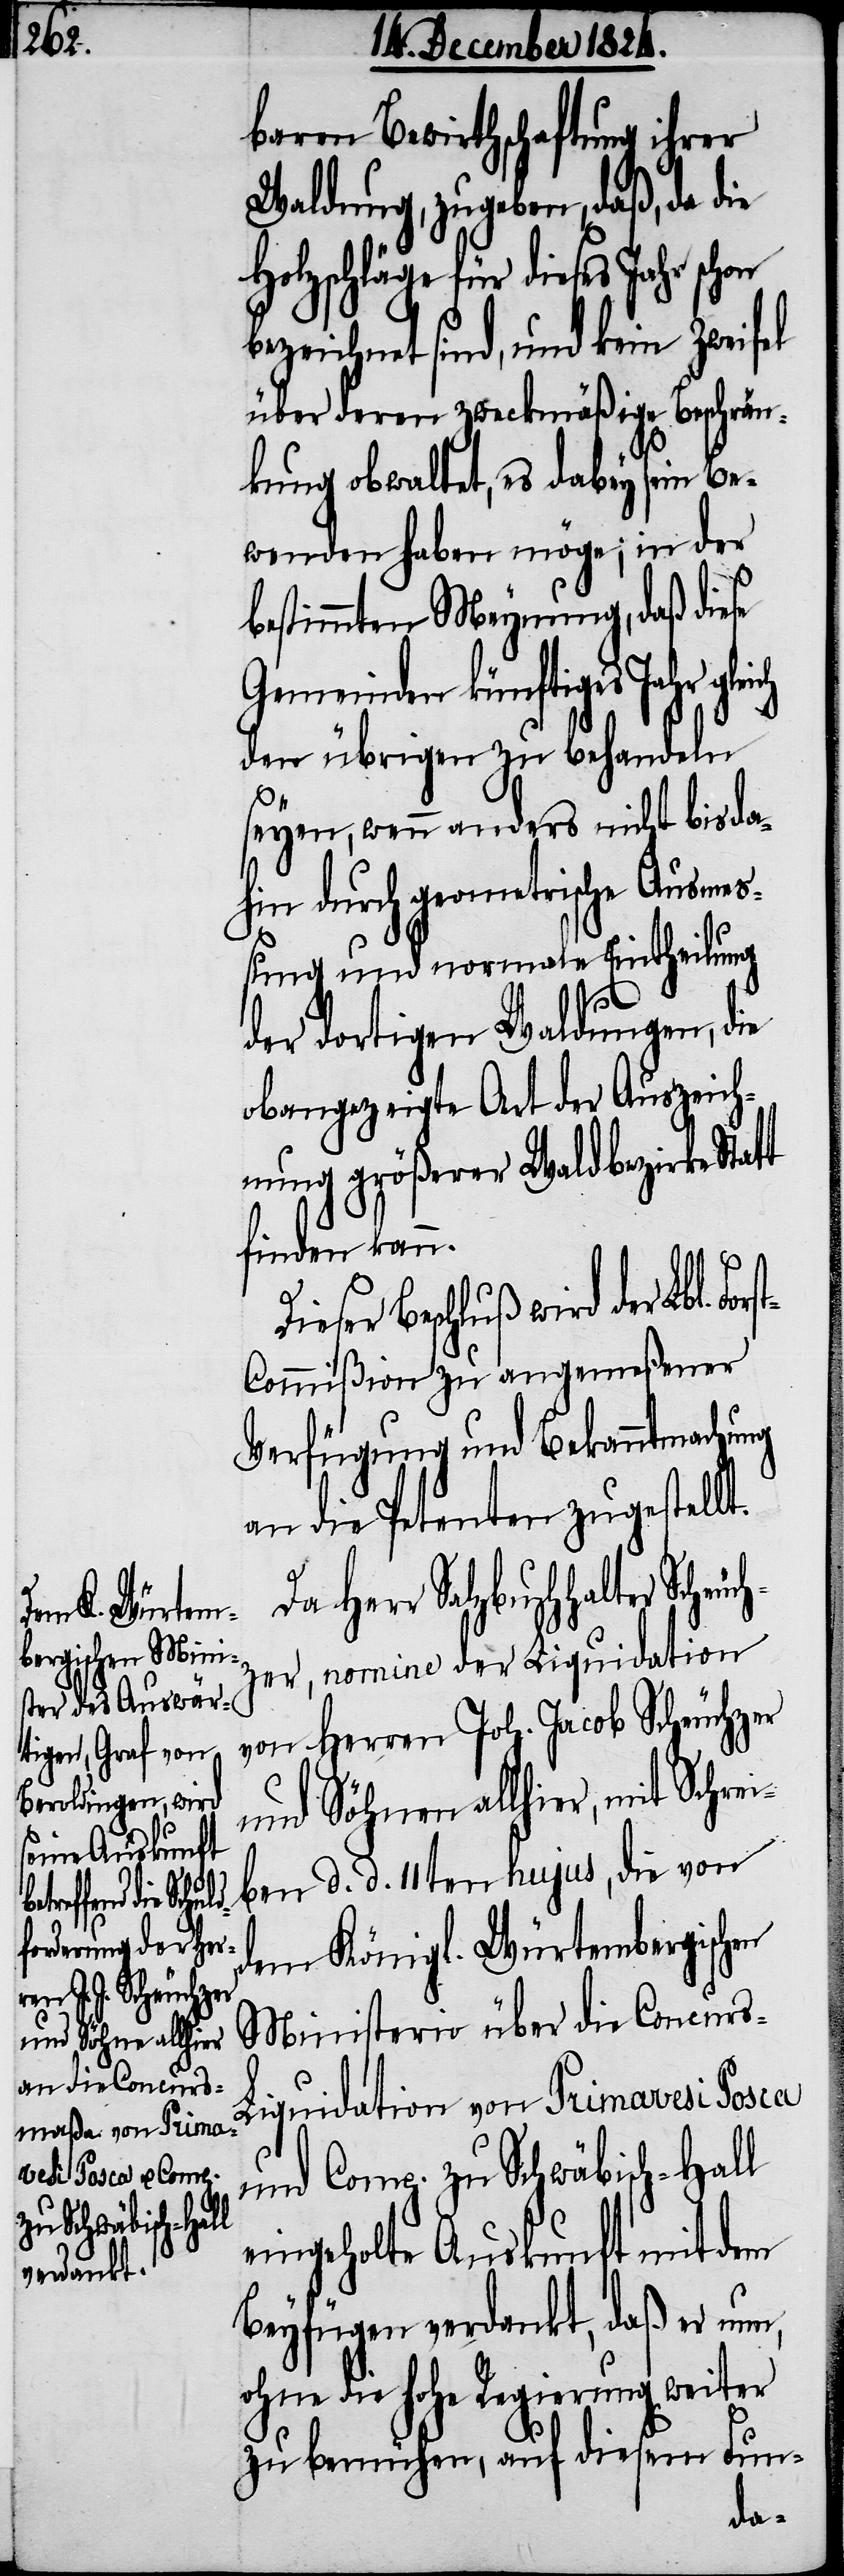
rs¬

ter Scheuchz¬

baren Bewirthschaftung ihrer
Waldung, zugeben, daß, da die
Holzschläge für dieses Jahr schon
bezeichnet sind, und kein Zweifel
über deren zweckmäßige Beschrän¬
kung obwaltet, es dabey sein Be¬
wenden haben möge; in der
bestimmten Meynung, daß diese
Gemeinden künftiges Jahr gleich
den übrigen zu behandeln
seyen, wenn anders nicht bis da¬
hin durch geometrische Ausme¬
ßung und normale Eintheilung
der dortigen Waldungen, die
obangezeigte Art der Ausgleich¬
ung größerer Waldbezirke Statt
finden kann.
Beschluß wird der Lbl. Fo¬
t-Commißion zu angemeßener
Verfügung und Bekanntmachung
an die Petenten zugestellt.
Da Herr Salzbuchhal¬
er, nomine der Liquidation
Herren Joh. Jacob Scheuchzer
von
Söhnen allier, mit Schrei¬
und
ben d. d. 11ten hujus, die von
dem Königl. Würtembergischen
MInisterio über die Concurs-L¬
iquidation von Primavesi Posca
und Comp. zu Schwäbisch-Hall
eingeholte Auskunft mit dem
Beyfügen verdankt, daß er nun,
ohne die hohe Regierung weiter
zu bemühen, auf diesem Fund-